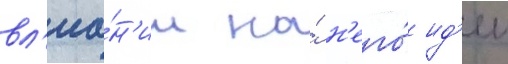
вл'иа́н'ии на́ н'его́ ид'еи